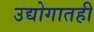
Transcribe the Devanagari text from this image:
उद्योगातही